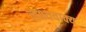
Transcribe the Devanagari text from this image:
लक्ष्यवाक्य